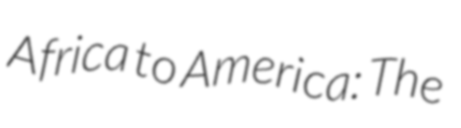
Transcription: Africa to America: The